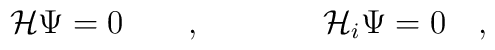
{\mathcal{H}} \Psi =0  ~~~~~~, \hspace{.6in} {\mathcal{H}}_{i} \Psi =0 ~~~,